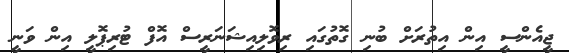
ޖީއެންސީ އިން އިތުރަށް ބުނި ގޮތުގައި ރިވޮލިއިޝަނަރީސް އޮފް ޓުރިޕޮލީ އިން ވަނީ